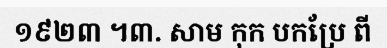
១៩២៣ ។៣. សាម កុក បកប្រែ ពី